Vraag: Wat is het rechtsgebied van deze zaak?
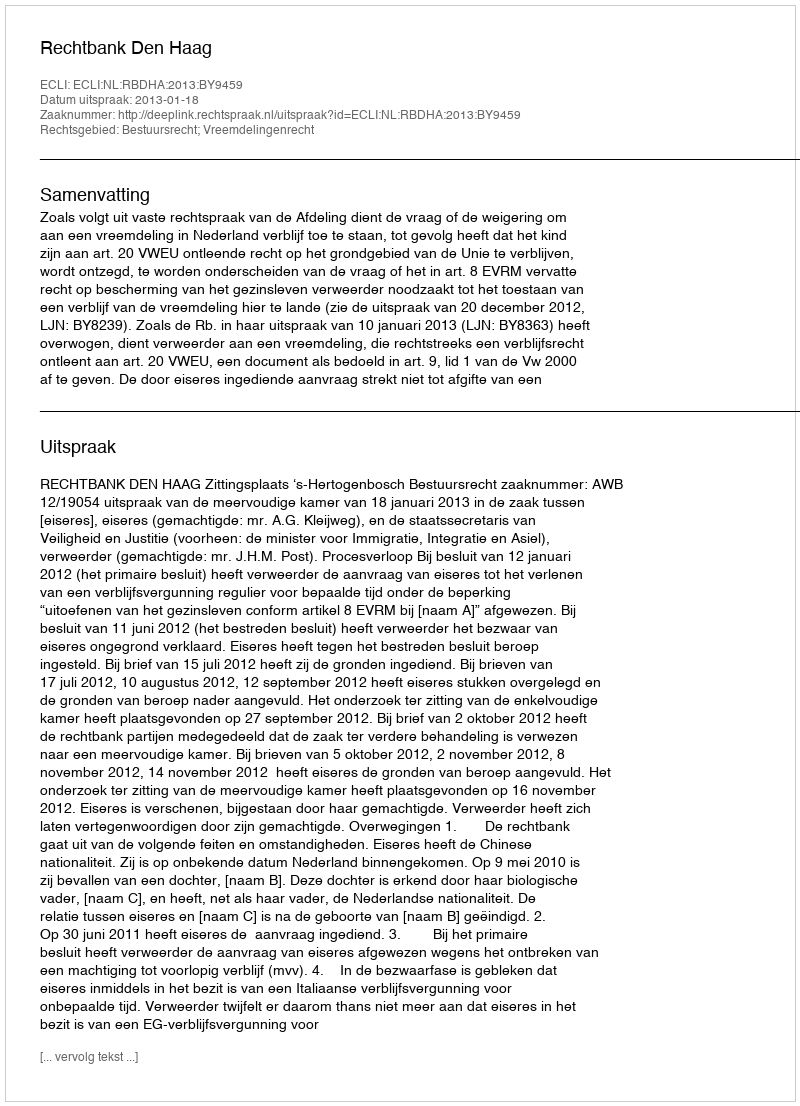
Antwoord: Bestuursrecht; Vreemdelingenrecht